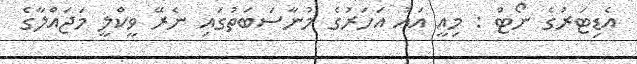
އެޑިޓަރުގެ ނޯޓް : މިއީ އައު އަހަރުގެ މުނާސަބަތުގައި ނެރޭ ވީކްލީ މަޖައްލާގެ